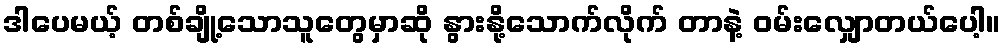
ဒါပေမယ့် တစ်ချို့သောသူတွေမှာဆို နွားနို့သောက်လိုက် တာနဲ့ ဝမ်းလျှောတယ်ပေါ့။